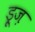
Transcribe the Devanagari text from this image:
ड्रूज़